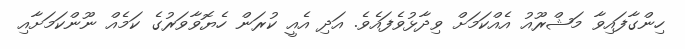
ހިންގާފައިވާ މަޝްރޫއު އެއްކަމަށް ވިދާޅުވެފައެވެ. އަދި އެއީ ކުރަން ހެޔޮވާވަރުގެ ކަމެއް ނޫންކަމަށާއި